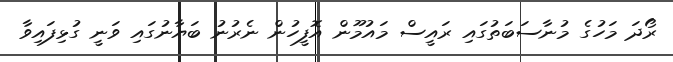
ރޯދަ މަހުގެ މުނާސަބަތުގައި ރައީސް މައުމޫން އޮފީހުން ނެރުނު ބަޔާނުގައި ވަނީ ގުޅިފައިވާ